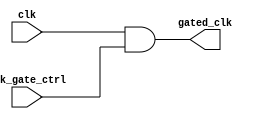
module clock_gating(
    input wire clk,               // Original clock signal
    input wire clk_gate_ctrl,     // Clock gating control signal
    output wire gated_clk         // Gated clock output
);

// Clock Gating Cell Implementation
// Using a simple AND gate to control the clock signal
assign gated_clk = clk & clk_gate_ctrl;

endmodule